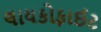
લાયકોફાઈટ